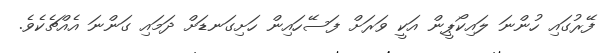
ފޭރުގައި ހުންނަ ލައިކޯޕީން އަކީ ވަރަށް ފަސޭހައިން ހަށިގަނޑަށް ދަމައި ގަންނަ އެއްޗެެކެވެ.